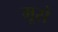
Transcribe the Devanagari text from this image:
मूसे